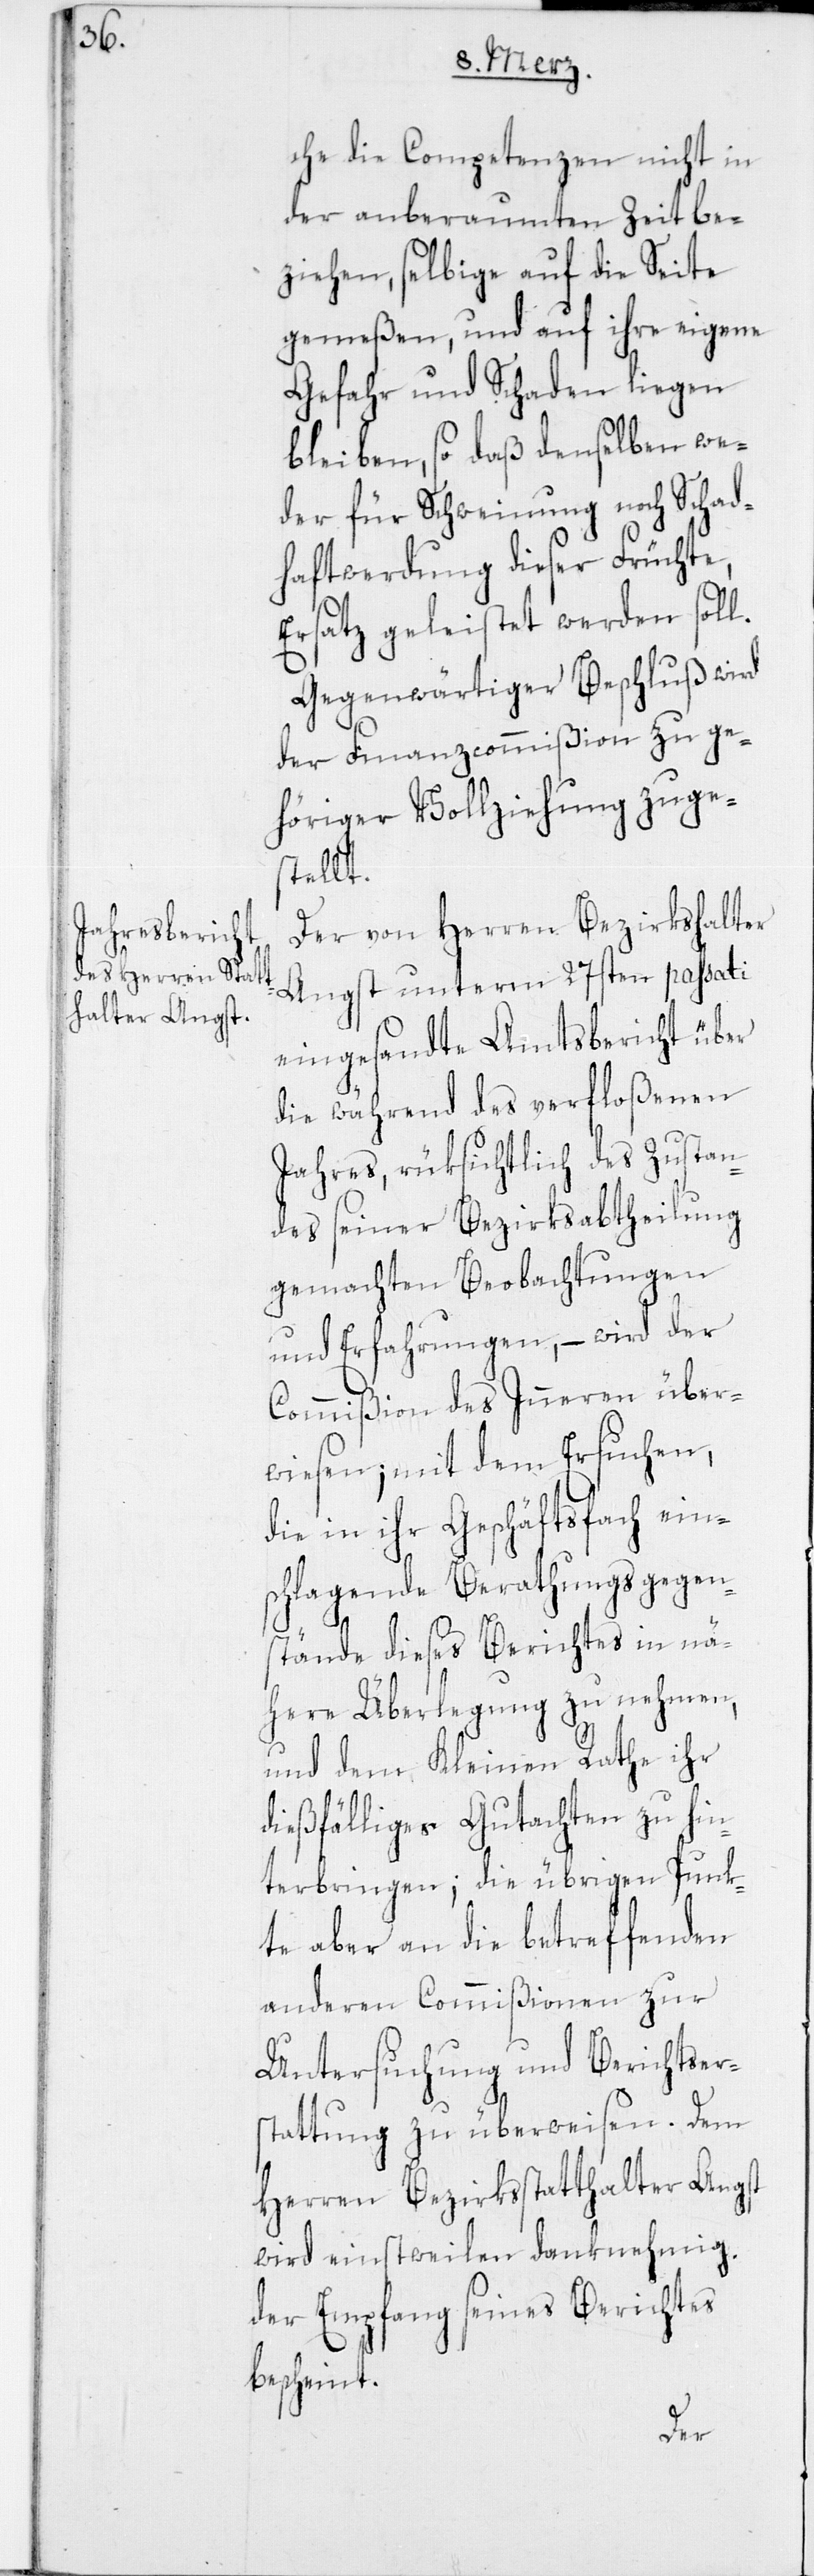
che die Competenzen nicht in
der anberaumten Zeit be¬
ziehen, selbige auf die Seite
gemeßen, und auf ihre eigene
Gefahr und Schaden liegen
bleiben, so daß denselben we¬
der für Schweinung noch Schad¬
haftwerdung dieser Früchte,
Ersatz geleistet werden soll.
Gegenwärtiger Beschluß wird
der Finanzcommißion zu ge¬
höriger Vollziehung zuges¬
tellt.
Der von Herren Bezirkshalter
Angst unterm 27sten passati
eingesandte Amtsbericht über
die während des verfloßenen
Jahres, rüksichtlich des Zustan¬
des seiner Bezirksabtheilung
gemachten Beobachtungen
und Erfahrungen, – wird der
Commißion des Inneren über¬
wiesen; mit dem Ersuchen,
die in ihr Geschäftsfach ein¬
schlagende Berathungsgegen¬
stände dieses Berichtes in nä¬
here Überlegung zu nehmen,
und dem Kleinen Rathe ihr
dießfälliges Gutachten zu hin¬
terbringen; die übrigen Punk¬
te aber an die betreffenden
anderen Commißionen zur
Untersuchung und Berichtser¬
stattung zu überweisen. Dem
Herren Bezirksstatthalter Angst
wird einstweilen danknehmig
der Empfang seines Berichtes
bescheint.